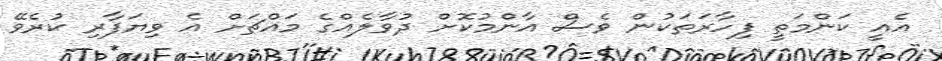
އެއީ ކަންމަތީ ފިހާރަތަކުން ވެސް އާންމުކޮށް ދުވާލެއްގެ މައްޗަށް އެ ވިޔަފާރި ކުރެވޭ